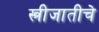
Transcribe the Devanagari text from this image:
स्त्रीजातीचे